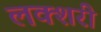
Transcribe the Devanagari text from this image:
लक्शरी